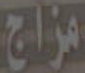
مزاج